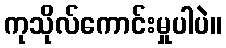
ကုသိုလ်ကောင်းမှုပါပဲ။